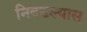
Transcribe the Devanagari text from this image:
निवडल्यास